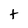
Character: t